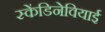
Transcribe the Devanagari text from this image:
स्केंडिनेवियाई